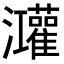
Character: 𭳼